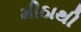
મીઠાથી